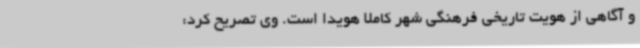
و آگاهی از هویت تاریخی فرهنگی شهر کاملا هویدا است. وی تصریح کرد: